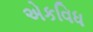
એકવિધ